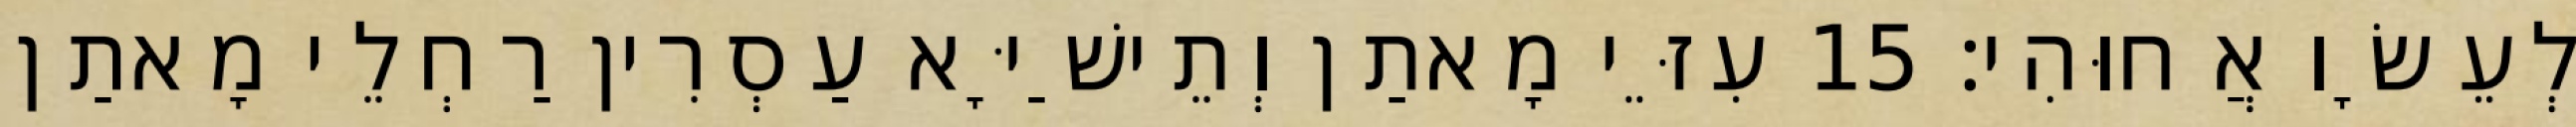
לְעֵשָׂו אֲחוּהִי׃ 15 עִזֵּי מָאתַן וְתֵישַׁיָּא עַסְרִין רַחְלֵי מָאתַן